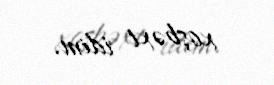
xoşbəxt idim.